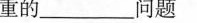
重的___问题